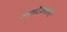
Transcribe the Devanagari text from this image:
रणछोडलालनां